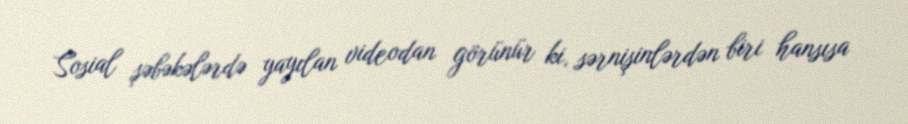
Sosial şəbəkələrdə yayılan videodan görünür ki, sərnişinlərdən biri hansısa